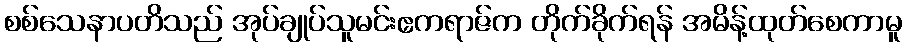
စစ်သေနာပတိသည် အုပ်ချုပ်သူမင်းဧကရာဇ်က တိုက်ခိုက်ရန် အမိန့်ထုတ်စေကာမူ